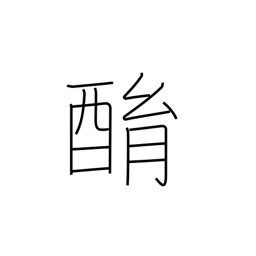
Meaning: drunken babbling